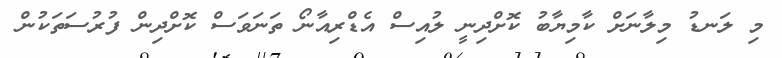
މި ލަނޑު މިލާނަށް ކާމިޔާބު ކޮށްދިނީ ލުއިސް އެޑްރިއާނޯ ތަނަވަސް ކޮށްދިން ފުރުސަތަކުން